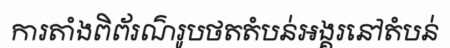
ការតាំងពិព័រណ៌រូបថតតំបន់អង្គរនៅតំបន់